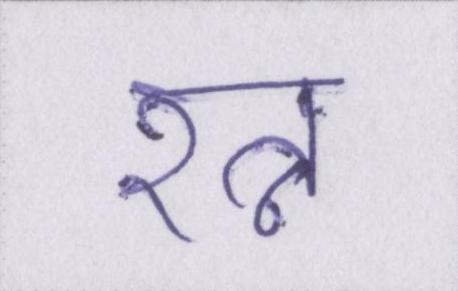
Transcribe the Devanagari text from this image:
रत्न